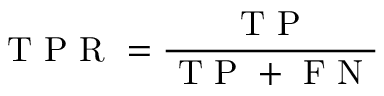
\mathrm { ~ T ~ P ~ R ~ } = \frac { \mathrm { ~ T ~ P ~ } } { \mathrm { ~ T ~ P ~ } + \mathrm { ~ F ~ N ~ } }